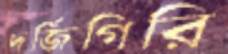
দর্জিগিরি